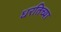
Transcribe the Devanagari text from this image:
धरतिच्या